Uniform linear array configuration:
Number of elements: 24
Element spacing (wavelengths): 0.25
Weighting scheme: uniform
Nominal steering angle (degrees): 30
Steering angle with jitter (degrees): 29.272
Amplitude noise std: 0.05
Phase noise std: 0.05

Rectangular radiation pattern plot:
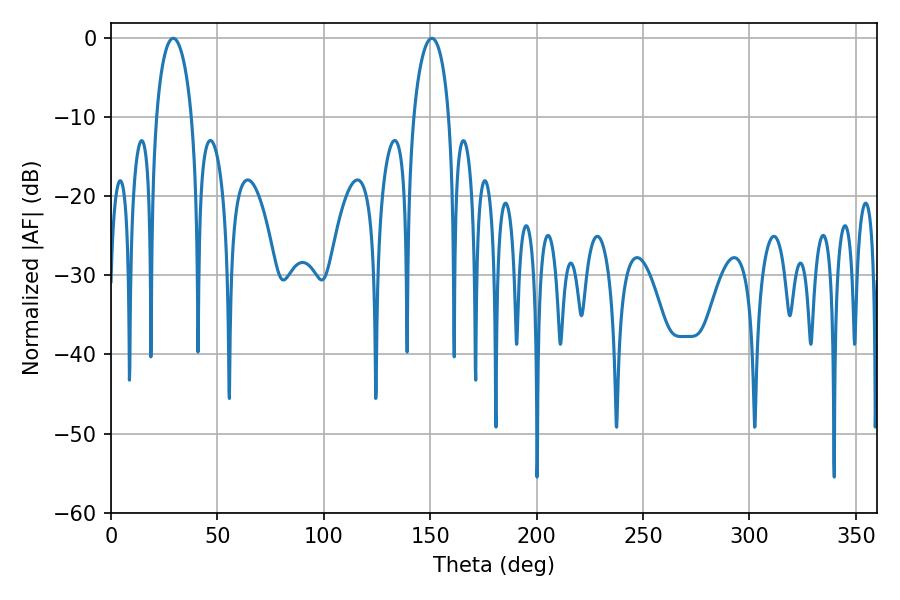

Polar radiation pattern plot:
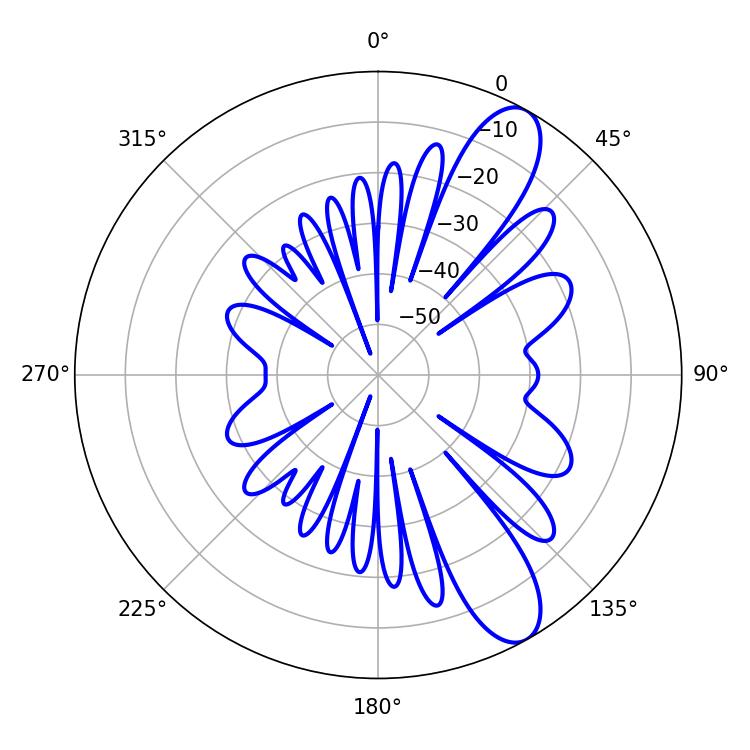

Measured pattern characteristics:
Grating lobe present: FALSE
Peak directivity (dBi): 10.315
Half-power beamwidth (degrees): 9.54
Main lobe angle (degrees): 29.16